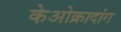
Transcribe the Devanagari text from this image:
केओक्रादांग